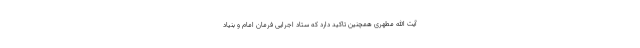
آیت الله مطهری همچنین تاکید دارد که ستاد اجرایی فرمان امام و بنیاد